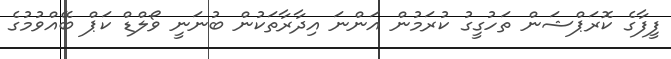
ފީފާގެ ކޮރަޕްޝަން ތަހުގީގު ކުރަމުން އަންނަ އިދާރާތަކުން ބުނަނީ ވޯލްޑް ކަޕް ބޭއްވުމުގެ